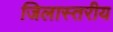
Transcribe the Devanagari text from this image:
जिलास्तरीय